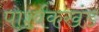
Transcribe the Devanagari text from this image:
पार्श्वकखंड